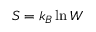
S = k _ { B } \ln W